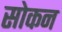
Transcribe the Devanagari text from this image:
सोकन